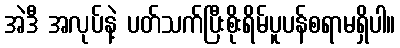
အဲဒီ အလုပ်နဲ့ ပတ်သက်ပြီးစိုးရိမ်ပူပန်စရာမရှိပါ။